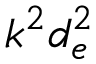
k ^ { 2 } d _ { e } ^ { 2 }